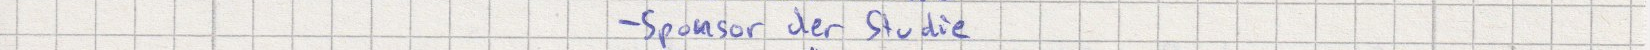
- Sponsor der Studie